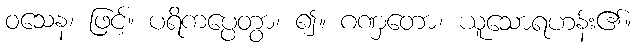
ဝသေန၊ ဖြင့်။ ပရိကပ္ပေတွာ၊ ၍။ ဂဏှတော၊ ယူသောရဟန်း၏။